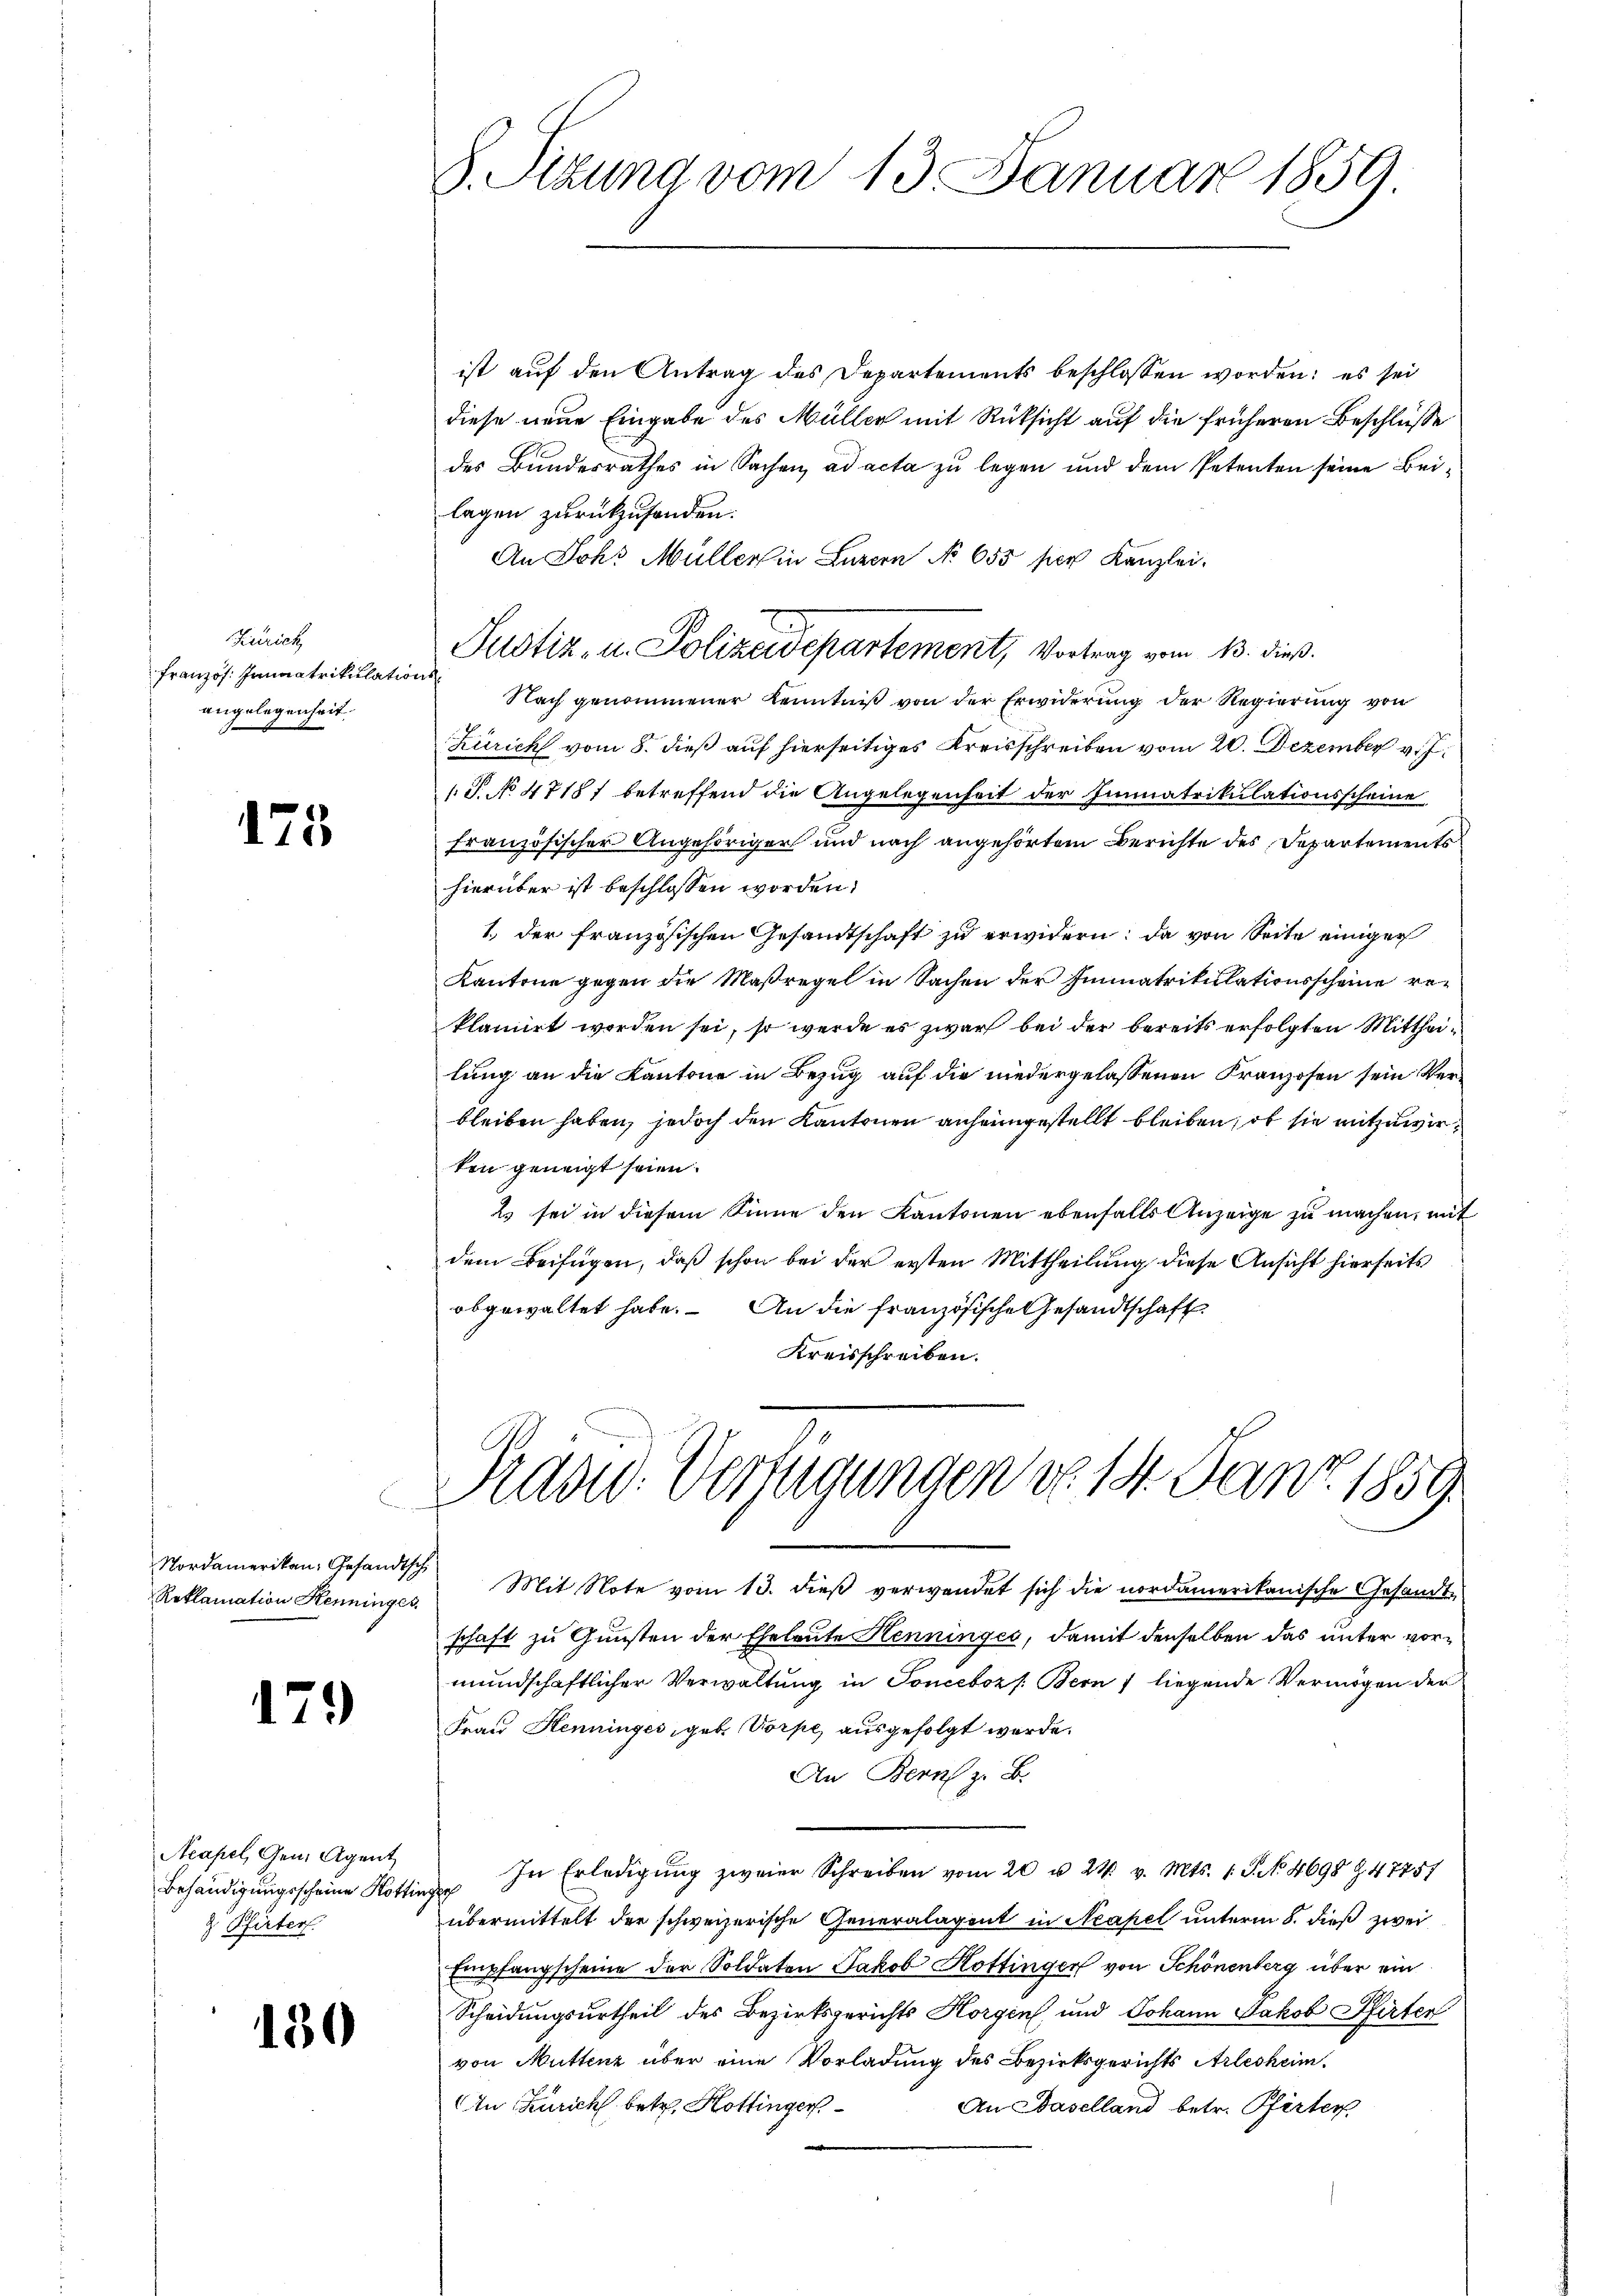
Zürich
französ. Immatrikulationsangelegenheit.

175

Nordamerikan, Gesandtschi
Reklamation Henninger.

179)

Neapel, Gem. Agent
Behändigungsscheine Hottin
g. Pfirter.

130

E

S. Tizung vom 13. Januar 1859

ist auf den Antrag des Departements beschlossen worden; es sei
diese neue Eingabe des Müller mit Rücksicht auf die früheren Beschlüsse
des Bundesrathes in Sachen, ad acta zu legen und dem Petenten seine Beilagen zurückzusenden.
An Joh. Müller in Luzern No 655 per Kanzlei-
Justiz- u. Polizeidepartement, Vortrag vom 13. dieß.
Nach genommener Kenntniß von der Erwiderung der Regierung von
Zürich vom 8. dieß auf hierseitiges Kreisschreiben vom 20. Dezember v. J.
(P. No 47181 betreffend die Angelegenheit der Immatrikulationsscheine
französischer Angehöriger und nach angehörtem Berichte des Departements
hierüber ist beschlossen worden,
1. der französischen Gesandtschaft zu erwidern: da von Seite einiger
Kantone gegen die Maßregel in Sachen der Immatrikulationsscheine reklamirt worden sei, so werde es zwar bei der bereits erfolgten Mittheilung an die Kantone in Bezug auf die niedergelassenen Franzosen sein Verbleiben haben, jedoch den Kantonen anheimgestellt bleiben, ob sie mitzuwirten geneigt seien.
Es sei in diesem Sinne den Kantonen ebenfalls Anzeige zu machen, mit
dem Beifügen, daß schon bei der ersten Mittheilung diese Ansicht hierseits
abgewaltet habe. An die französische Gesandtschaft
Kreisschreiben.

Prand. Verfügungen do 14. Janz. 1859.

Mit Note vom 13. dieß verwendet sich die nordamerikanische Gesandt-
schaft zu Gunsten der Eheleute Henninges, damit denselben das unter vormundschaftlicher Verwaltung in Tonceboz /: Bern liegende Vermögen der
Frau Henninges, geb. Vorpe, ausgefolgt werde.
An Bern z. B.
 In Erledigŭng zweier Schreiben vom 20 u. 24. v. Mts. 1. S. No. 4698 Z. 47751
übermittelt der schweizerische Generalagent in Neapel unterm 8. dieß zwei
Empfangscheine der Soldaten Jakob Kottinger von Schönenberg über ein
Scheidungsurtheil des Bezirksgerichts Horgen, und Johann Jakob Pfirter
von Muttenz über eine Vorladung des Bezirksgerichts Arlesheim.
In Zürich betr. Hottinger
An Baselland betr. Pfirter